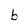
Character: b